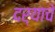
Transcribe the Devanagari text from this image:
दर्याचे